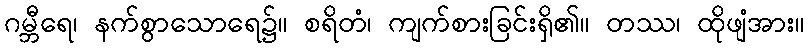
ဂမ္ဘီရေ၊ နက်စွာသောရေ၌။ စရိတံ၊ ကျက်စားခြင်းရှိ၏။ တဿ၊ ထိုဖျံအား။